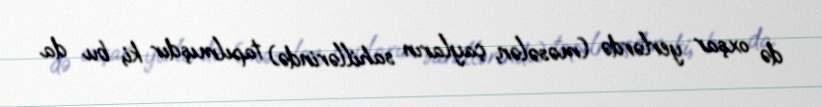
də oxşar yerlərdə (məsələn, çayların sahillərində) tapılmışdır ki, bu da